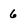
Character: 6